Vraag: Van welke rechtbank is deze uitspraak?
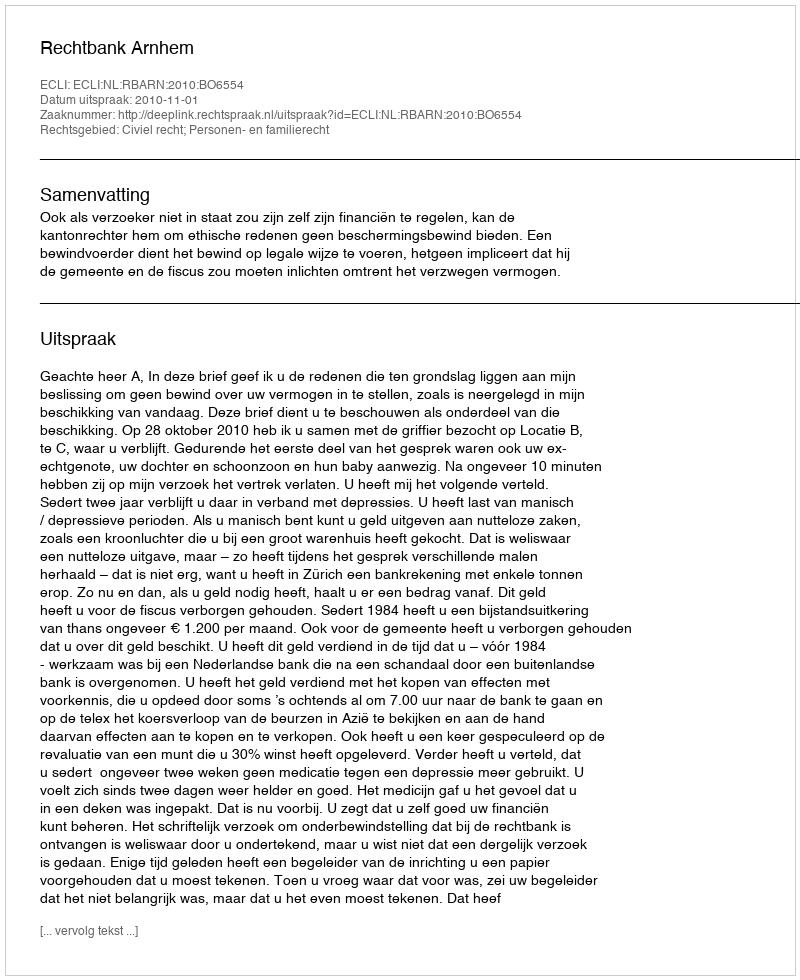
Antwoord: Rechtbank Arnhem